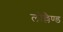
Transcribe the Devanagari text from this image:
लोल्लैण्ड